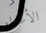
الأعذار